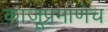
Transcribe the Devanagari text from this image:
काजूप्रमाणेच